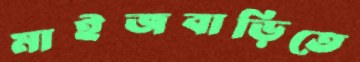
মাইজবাড়িতে